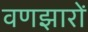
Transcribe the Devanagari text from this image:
वणझारों